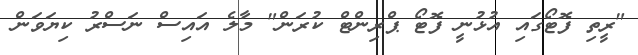
"ރީތި ފޮޓޯގައި އުޅުނީ ފޮޓޯ ޕްރިންޓް ކުރަން" މާލެ އައިސް ނަސްރު ކިޔަވަން